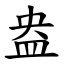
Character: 盎